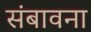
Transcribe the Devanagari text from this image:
संबावना